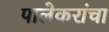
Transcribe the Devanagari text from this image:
पालेकरांचा